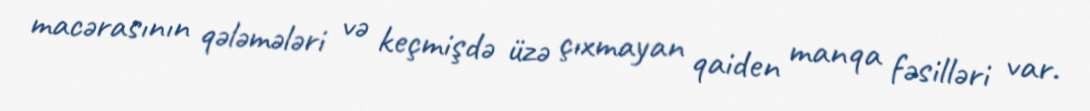
macərasının qələmələri və keçmişdə üzə çıxmayan qaiden manqa fəsilləri var.